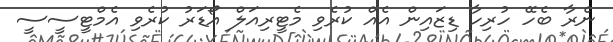
ނެރާ ބެހޭ ހުރިހާ ޑިޒައިން އެއް ކުރެވި މެޓީރިއަލް އޯޑަރު ކުރެވި އެމްޓީސީސީ